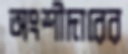
অংশীদারের